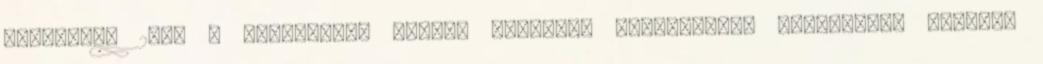
Dijkstra, 2006 . Házasságon kívüli szexszel kapcsolatos vélemények etnikai